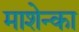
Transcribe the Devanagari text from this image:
माशेन्का